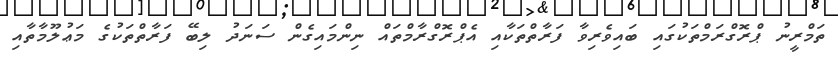
ތަމްރީނު ޕްރޮގްރަމްތަކުގައި ބައިވެރިވާ ފަރާތްތަކާއި އެޕްރޮގްރާމްތައް ނިންމައިގެން ސަނަދު ލިބޭ ފަރާތްތަކުގެ މަޢުލޫމާތާއި